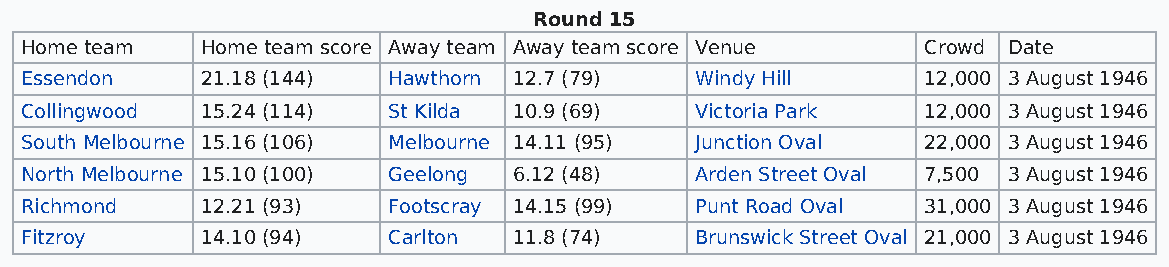
Round 15
 Home team   Home team score Away team Away team score Venue Crowd Date
 Essendon    21.18 (144)  Hawthorn 12.7 (79)  Windy Hill     12,000 3 August 1946
 Collingwood 15.24 (114)  St Kilda 10.9 (69)  Victoria Park  12,000 3 August 1946
 South Melbourne 15.16 (106) Melbourne 14.11 (95) Junction Oval 22,000 3 August 1946
 North Melbourne 15.10 (100) Geelong 6.12 (48) Arden Street Oval 7,500 3 August 1946
 Richmond    12.21 (93)   Footscray 14.15 (99) Punt Road Oval 31,000 3 August 1946
 Fitzroy     14.10 (94)   Carlton 11.8 (74)   Brunswick Street Oval 21,000 3 August 1946